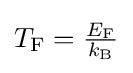
{\textstyle T_{\mathrm {F} }={\frac {E_{\mathrm {F} }}{k_{\rm {B}}}}}